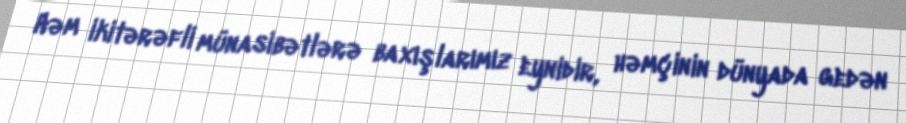
Həm ikitərəfli münasibətlərə baxışlarımız eynidir, həmçinin dünyada gedən